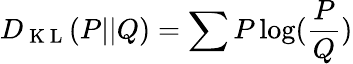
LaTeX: D_{\mathrm{~K~L~}}(P||Q)=\sum P\log(\frac{P}{Q})